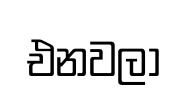
එනවලා